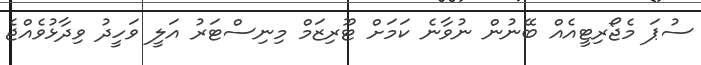
ސުޕަ މެޖޯރިޓީއެއް ބޭނުން ނުވާނެ ކަމަށް ޓޫރިޒަމް މިނިސްޓަރު އަލީ ވަހީދު ވިދާޅުވެއްޖެ